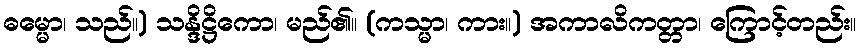
ဓမ္မော၊ သည်။) သန္ဒိဋ္ဌိကော၊ မည်၏။ (ကသ္မာ၊ ကား။) အကာလိကတ္တာ၊ ကြောင့်တည်း။